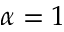
\alpha = 1